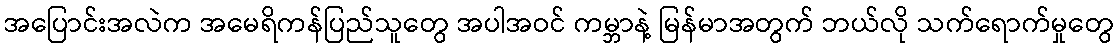
အပြောင်းအလဲက အမေရိကန်ပြည်သူတွေ အပါအဝင် ကမ္ဘာနဲ့ မြန်မာအတွက် ဘယ်လို သက်ရောက်မှုတွေ